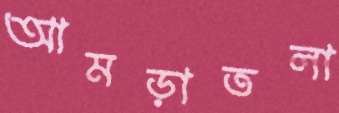
আমড়াতলা